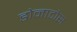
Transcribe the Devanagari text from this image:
डोनाटोस